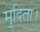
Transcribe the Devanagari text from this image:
मुदिता।